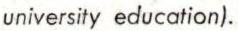
university education).